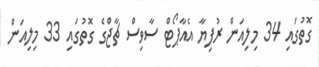
ގޮތުގައި 34 މިލިއަން ރުފިޔާ އެއާޕޯޓް ސާވިސް ޗާޖްގެ ގޮތުގައި 33 މިލިއަން